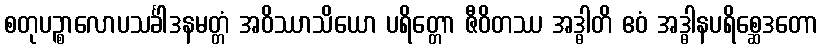
စတုပဉ္စာလောပသင်္ခါဒနမတ္တံ အဝိဿာသိယော ပရိတ္တော ဇီဝိတဿ အဒ္ဓါတိ ဧဝံ အဒ္ဓါနပရိစ္ဆေဒတော